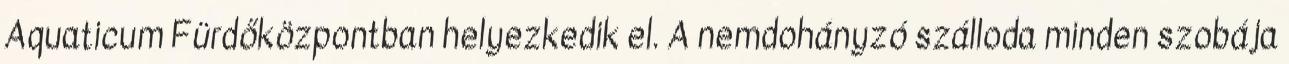
Aquaticum Fürdőközpontban helyezkedik el. A nemdohányzó szálloda minden szobája